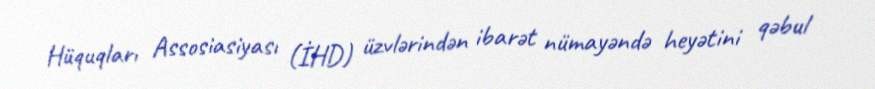
Hüquqları Assosiasiyası (İHD) üzvlərindən ibarət nümayəndə heyətini qəbul